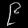
Digit: ၉